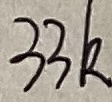
Text: 33K